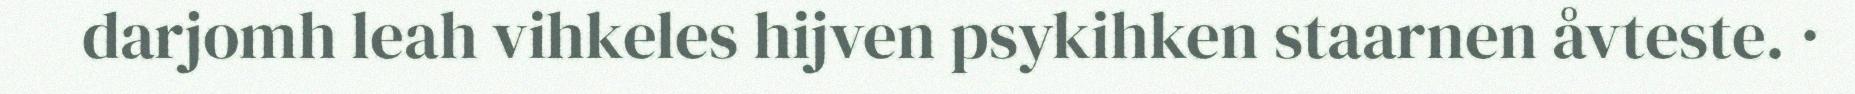
darjomh leah vihkeles hijven psykihken staarnen åvteste. ·